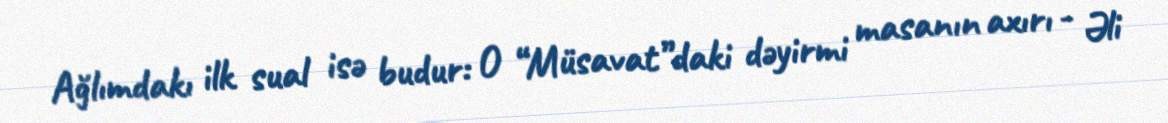
Ağlımdakı ilk sual isə budur: O “Müsavat”daki dəyirmi masanın axırı - Əli